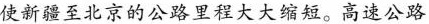
使新疆至北京的公路里程大大缩短。高速公路